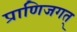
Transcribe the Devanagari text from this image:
प्राणिजगत्